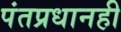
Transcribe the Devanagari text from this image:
पंतप्रधानही